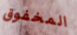
المخفوق